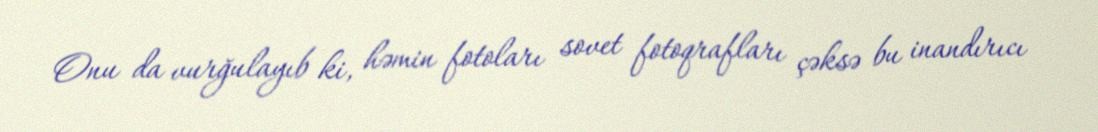
Onu da vurğulayıb ki, həmin fotoları sovet fotoqrafları çəksə bu inandırıcı